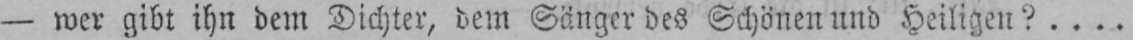
- wer gibt ihn dem Dichter, dem Sänger des Schönen und Heiligen?....